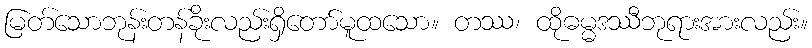
မြတ်သောဘုန်းတန်ခိုးလည်းရှိတော်မူထသော။ တဿ၊ ထိုဓမ္မဒဿီဘုရားအားလည်း။